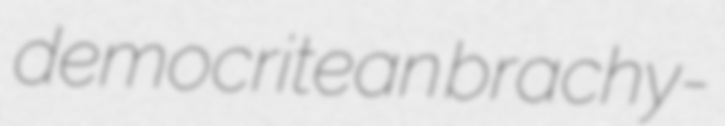
democritean brachy-